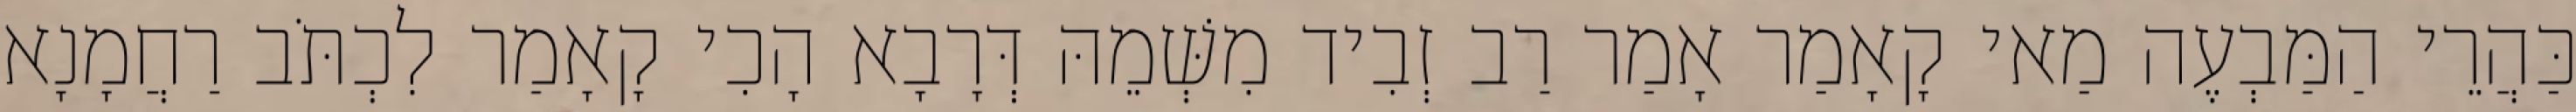
כַּהֲרֵי הַמַּבְעֶה מַאי קָאָמַר אָמַר רַב זְבִיד מִשְּׁמֵהּ דְּרָבָא הָכִי קָאָמַר לִכְתֹּב רַחֲמָנָא